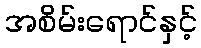
အစိမ်းရောင်နှင့်